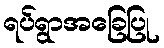
ရပ်ရွာအခြေပြု